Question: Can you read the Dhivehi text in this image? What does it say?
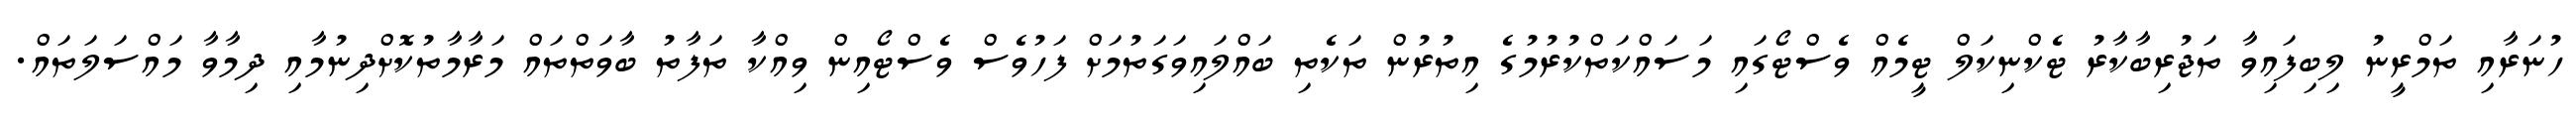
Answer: ހުނަރާއި ތަމްރީނު ލިބިފައިވާ ތަޖުރިބާކާރު ޓެކްނިކަލް ޓީމެއް ވެސްޓޯގައި މަސައްކަތްކުރުމުގެ އިތުރުން ތަކެތި ބައްލައިވަގަތުމަށް ފަހުވެސް ވެސްޓޯއިން ވިއްކާ ތަފާތު ބާވަތްތައް މަރާމާތުކޮށްދިނުމާއި ދިމާވާ މައްސަލަތައް.